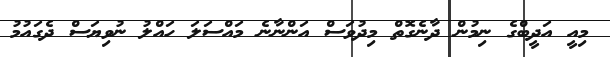
މިއީ އަދީބްގެ ނިމުން ދާނެގޮތް މިދުވަސް އަންނާާނެ މައްސަލަ ހައްލު ނުވިޔަސް ދެގައުމު